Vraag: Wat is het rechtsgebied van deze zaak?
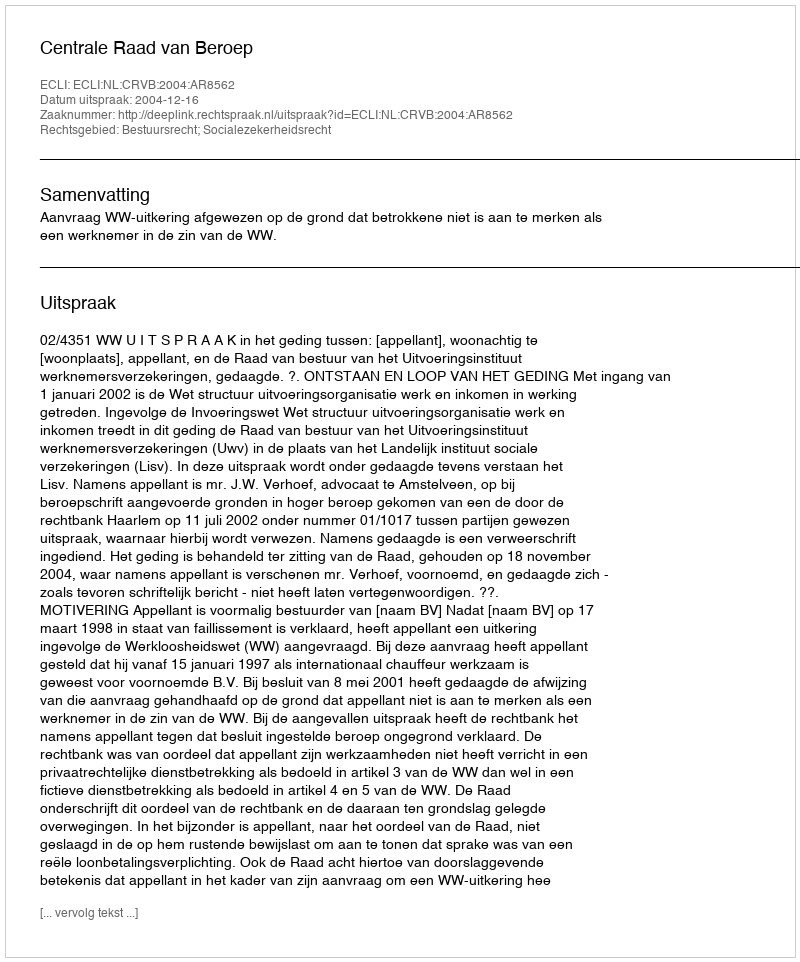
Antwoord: Bestuursrecht; Socialezekerheidsrecht